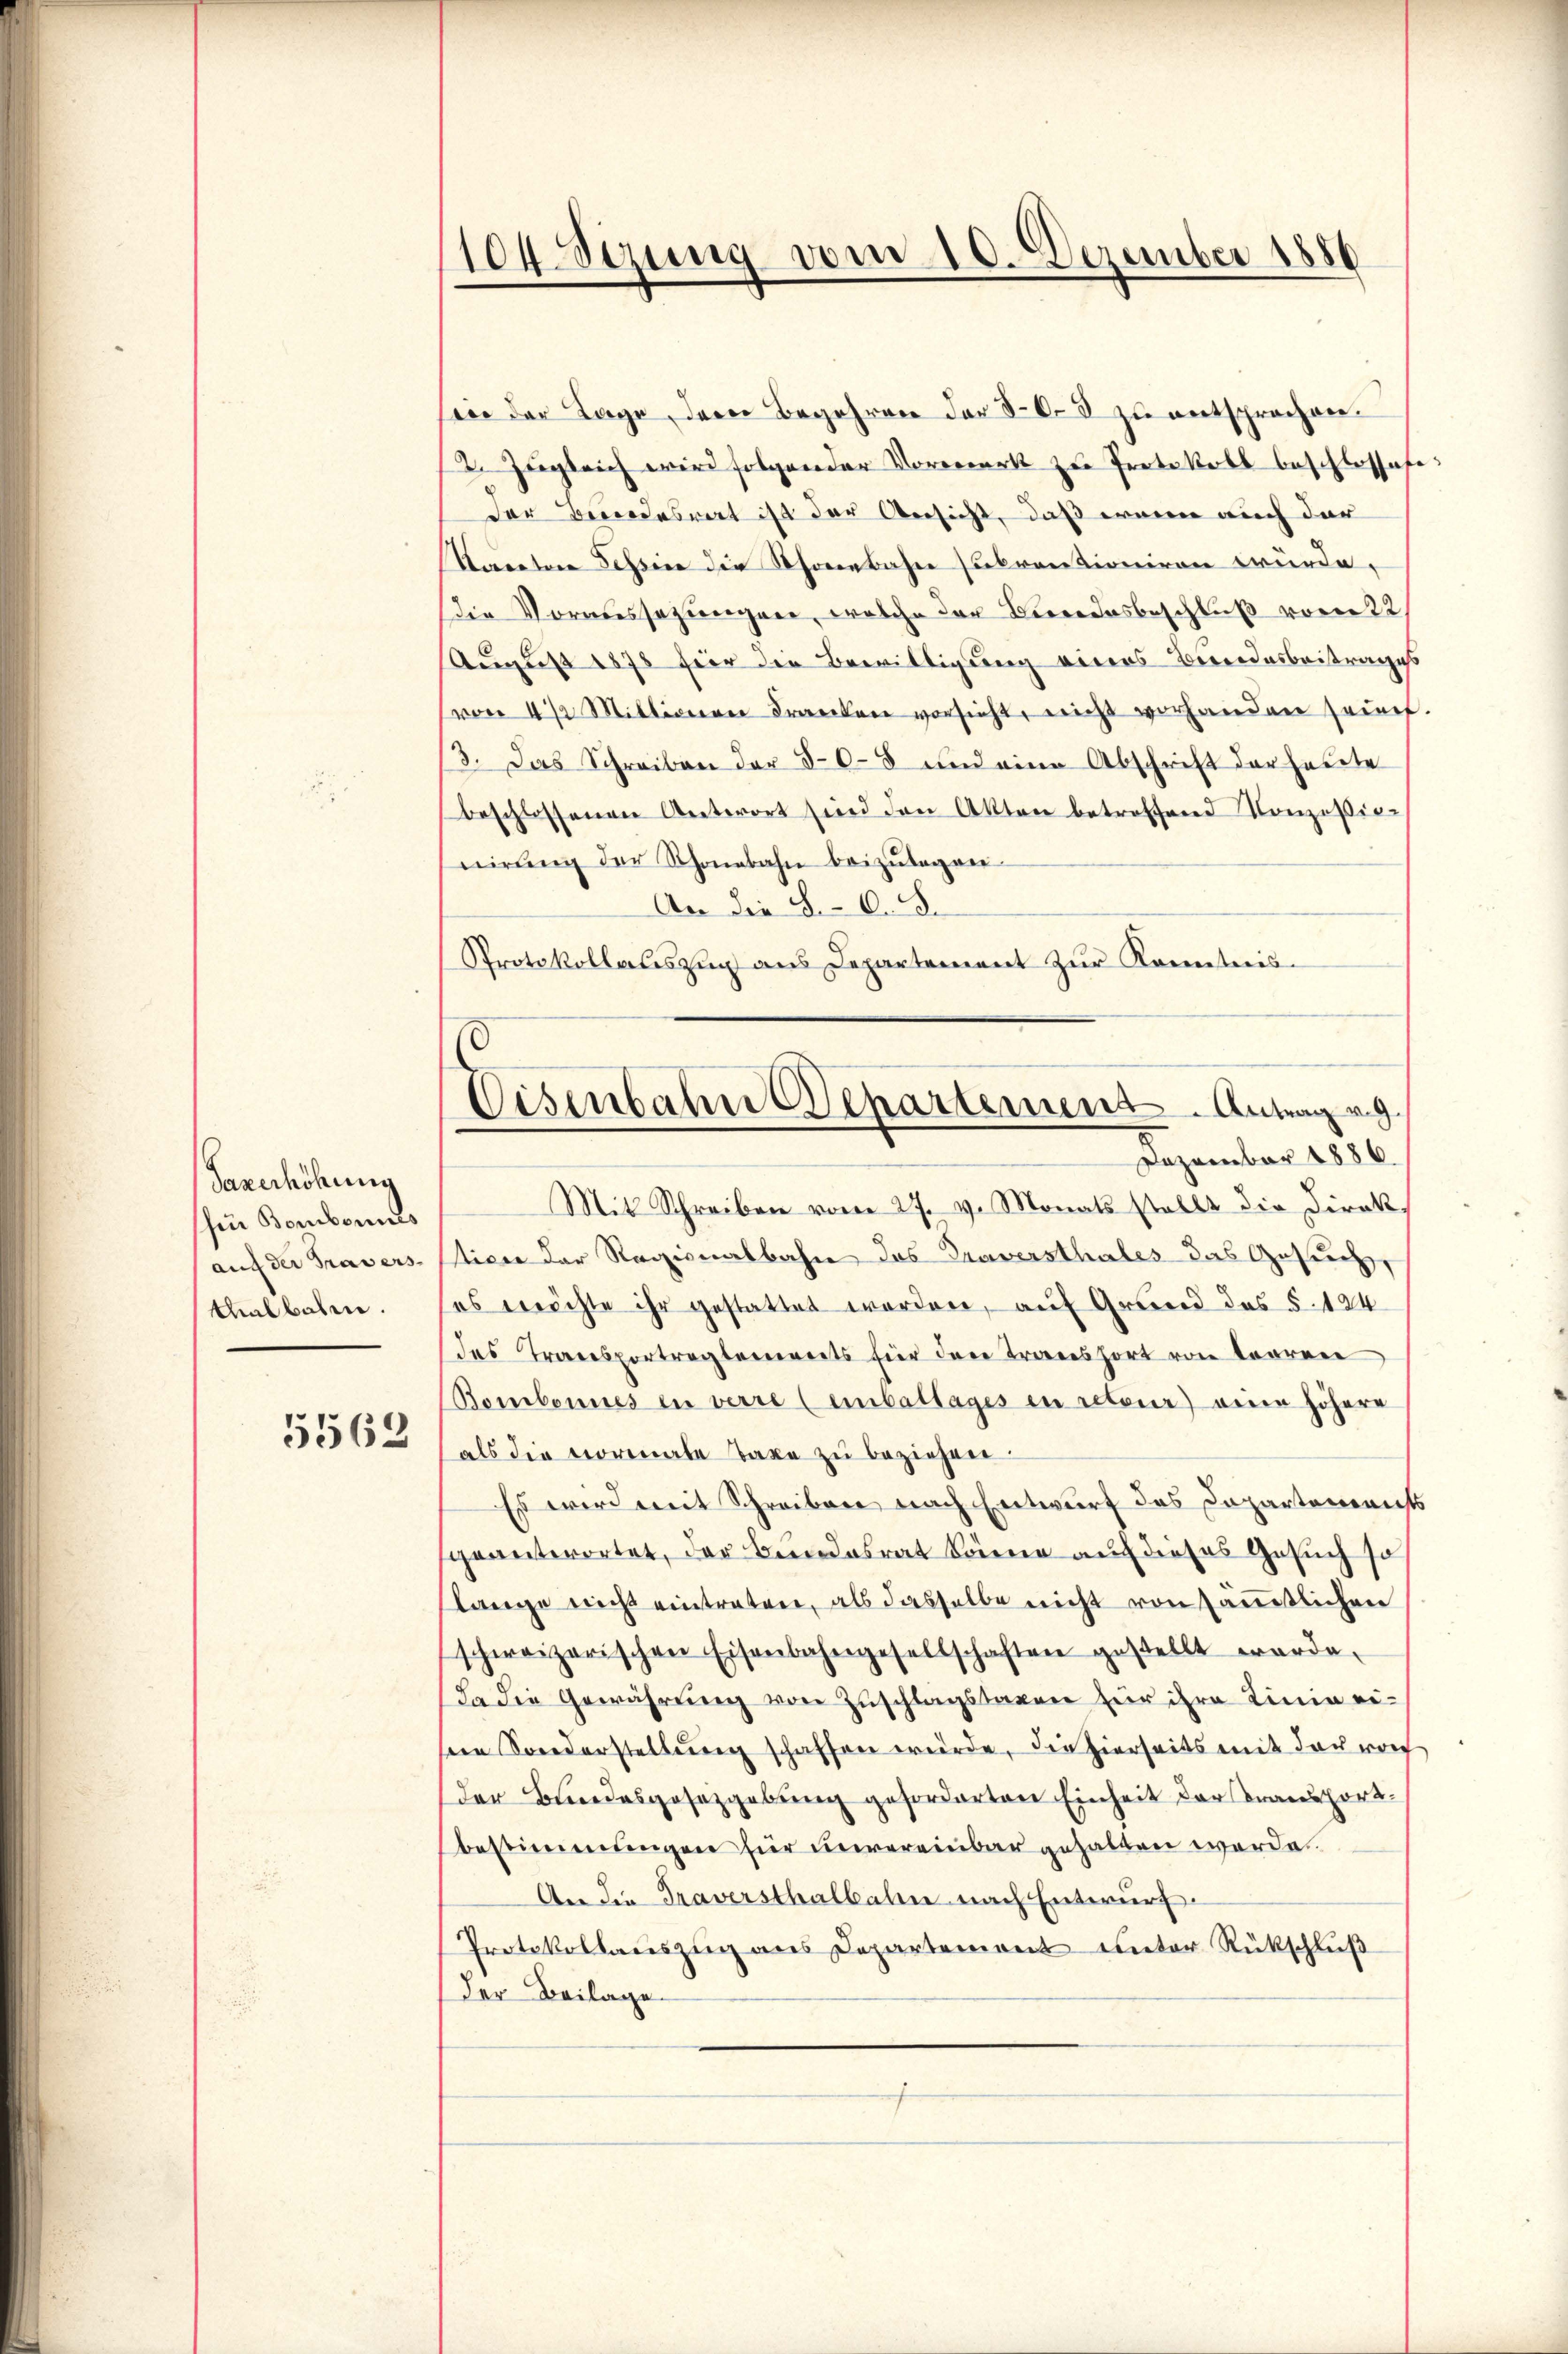
Saxerhöhung
Zur Bonbonnes
auf der Travers
thalbahen.
5562

104. Sezung vom 10. Dezember 1886

vor der Lage, dem Begehren der 803 zu entsprochen.
2. Zugleich wird folgender Vorwerk zu Protokoll beschlossete:
der Bundesrat ist der Ansicht, daß wenn auch der
Staretare Tessine die Schönenbahn zubrentioniren würde.
die Voraussezungen, welche der Beredesbeschluß vom 22
August 1878 für den Bewilligung eines Bundesbeitrages
von 4 1/2 Mittenen Franken versicht, nicht vorhanden seine.
3. Das Schreiben der 805 und eine Abschrift der heute
beschlossenen Antwort sind den Akten betreffend Konzessig-
nirŭng der Schonebahn beizŭlagen.
An die 8. d. d.
Protokollauszug aus Departement zur Kenntnis¬
Mit Schreiben vom 27. v. Monats stellt die Direk-
tice der Regionalbahn das Traversthales das Gesuch,
es errichte ihr gestattet worden, auf Grund des §. 124
des Transportreglements für den Transport von Looren
Bombannes in verre (einbattages en retour) eine höhere
als die vormale Taxe zu beziehen.
Es wird mit Schreiben nach Entwurf des Departements
geantwortet, der Bundesrat könne auf dieses Gesuch so
lange nicht eintreten, als dasselbe nicht von sämmtlichen
schweizerischen Eisenbahngesellschaften gestellt werde.
Da die Gewährŭng von Zŭschlagstaxen für ihre Linie ei-
sein Sonderstellŭng schaffen würde, die hierseits mit der vorh
der Bundesgesetzgebung geforderten Einheit der Transport¬
Bestimmungen für unvereinbar gehalten werde.
An die Traversthalbahne nach Entwurf.
Protokollauszug aus Departement unter Rückschluß
Der Beilage

Eisenbahne Departement. Antrag g
Dezember 1886.